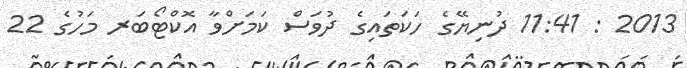
2013 : 11:41 ދުނިޔޭގެ ހަކަތައިގެ ދުވަސް ކަމަށްވާ އޮކްޓޯބަރ މަހުގެ 22